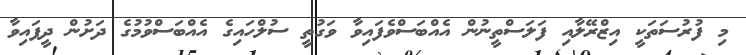
މި ފުރުސަތަކީ އިޒްރޭލާއި ފަލަސްތީނުން އެއްބަސްވެފައިވާ ވަގުތީ ސުލްހައިގެ އެއްބަސްވުމުގެ ދަށުން ދީފައިވާ